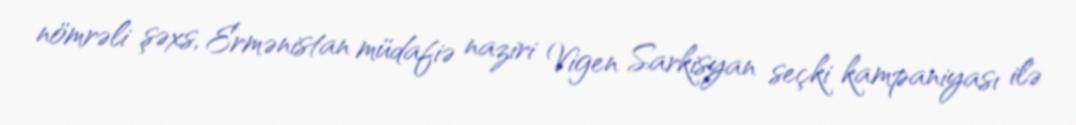
nömrəli şəxs, Ermənistan müdafiə naziri Vigen Sarkisyan seçki kampaniyası ilə